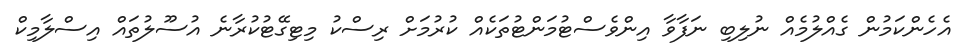
އެހެންކަމުން ގެއްލުމެއް ނުލިބި ނަފާވާ އިންވެސްޓުމަންޓުތަކެއް ކުރުމަށް ރިސްކު މިޓިގޭޓުކުރާނެ އުސޫލުތައް އިސްލާމިކް